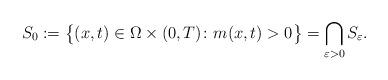
LaTeX: \begin{align*} S_0:=\bigl\{(x,t)\in\Omega\times(0,T)\colon m(x,t)>0\bigr\} =\bigcap_{\varepsilon>0}S_\varepsilon. \end{align*}